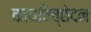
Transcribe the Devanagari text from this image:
कायविच्छेदन